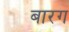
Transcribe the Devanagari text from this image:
बारग